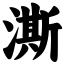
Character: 澌